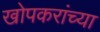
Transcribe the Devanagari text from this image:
खोपकरांच्या